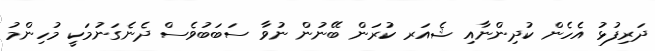
ދަރިފުޅު އެހެން ކުދިންނާއި ޝެއަރ ކުރަން ބޭނުން ނުވާ ސަބަބުވެސް ދެނެގަނުމަކީ މުހިންމު